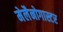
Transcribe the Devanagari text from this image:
मेलैनोगास्टर